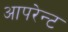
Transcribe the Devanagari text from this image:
आपरेन्ट